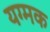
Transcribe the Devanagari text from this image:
यग्मक